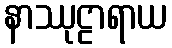
နာဿုဠာရာယ